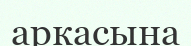
аркасына